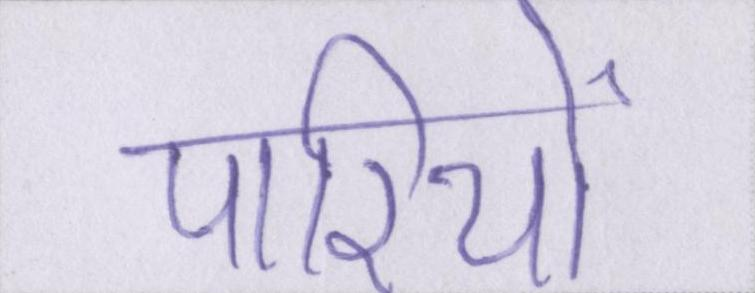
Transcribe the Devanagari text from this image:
पारियों